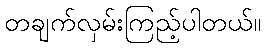
တချက်လှမ်းကြည့်ပါတယ်။